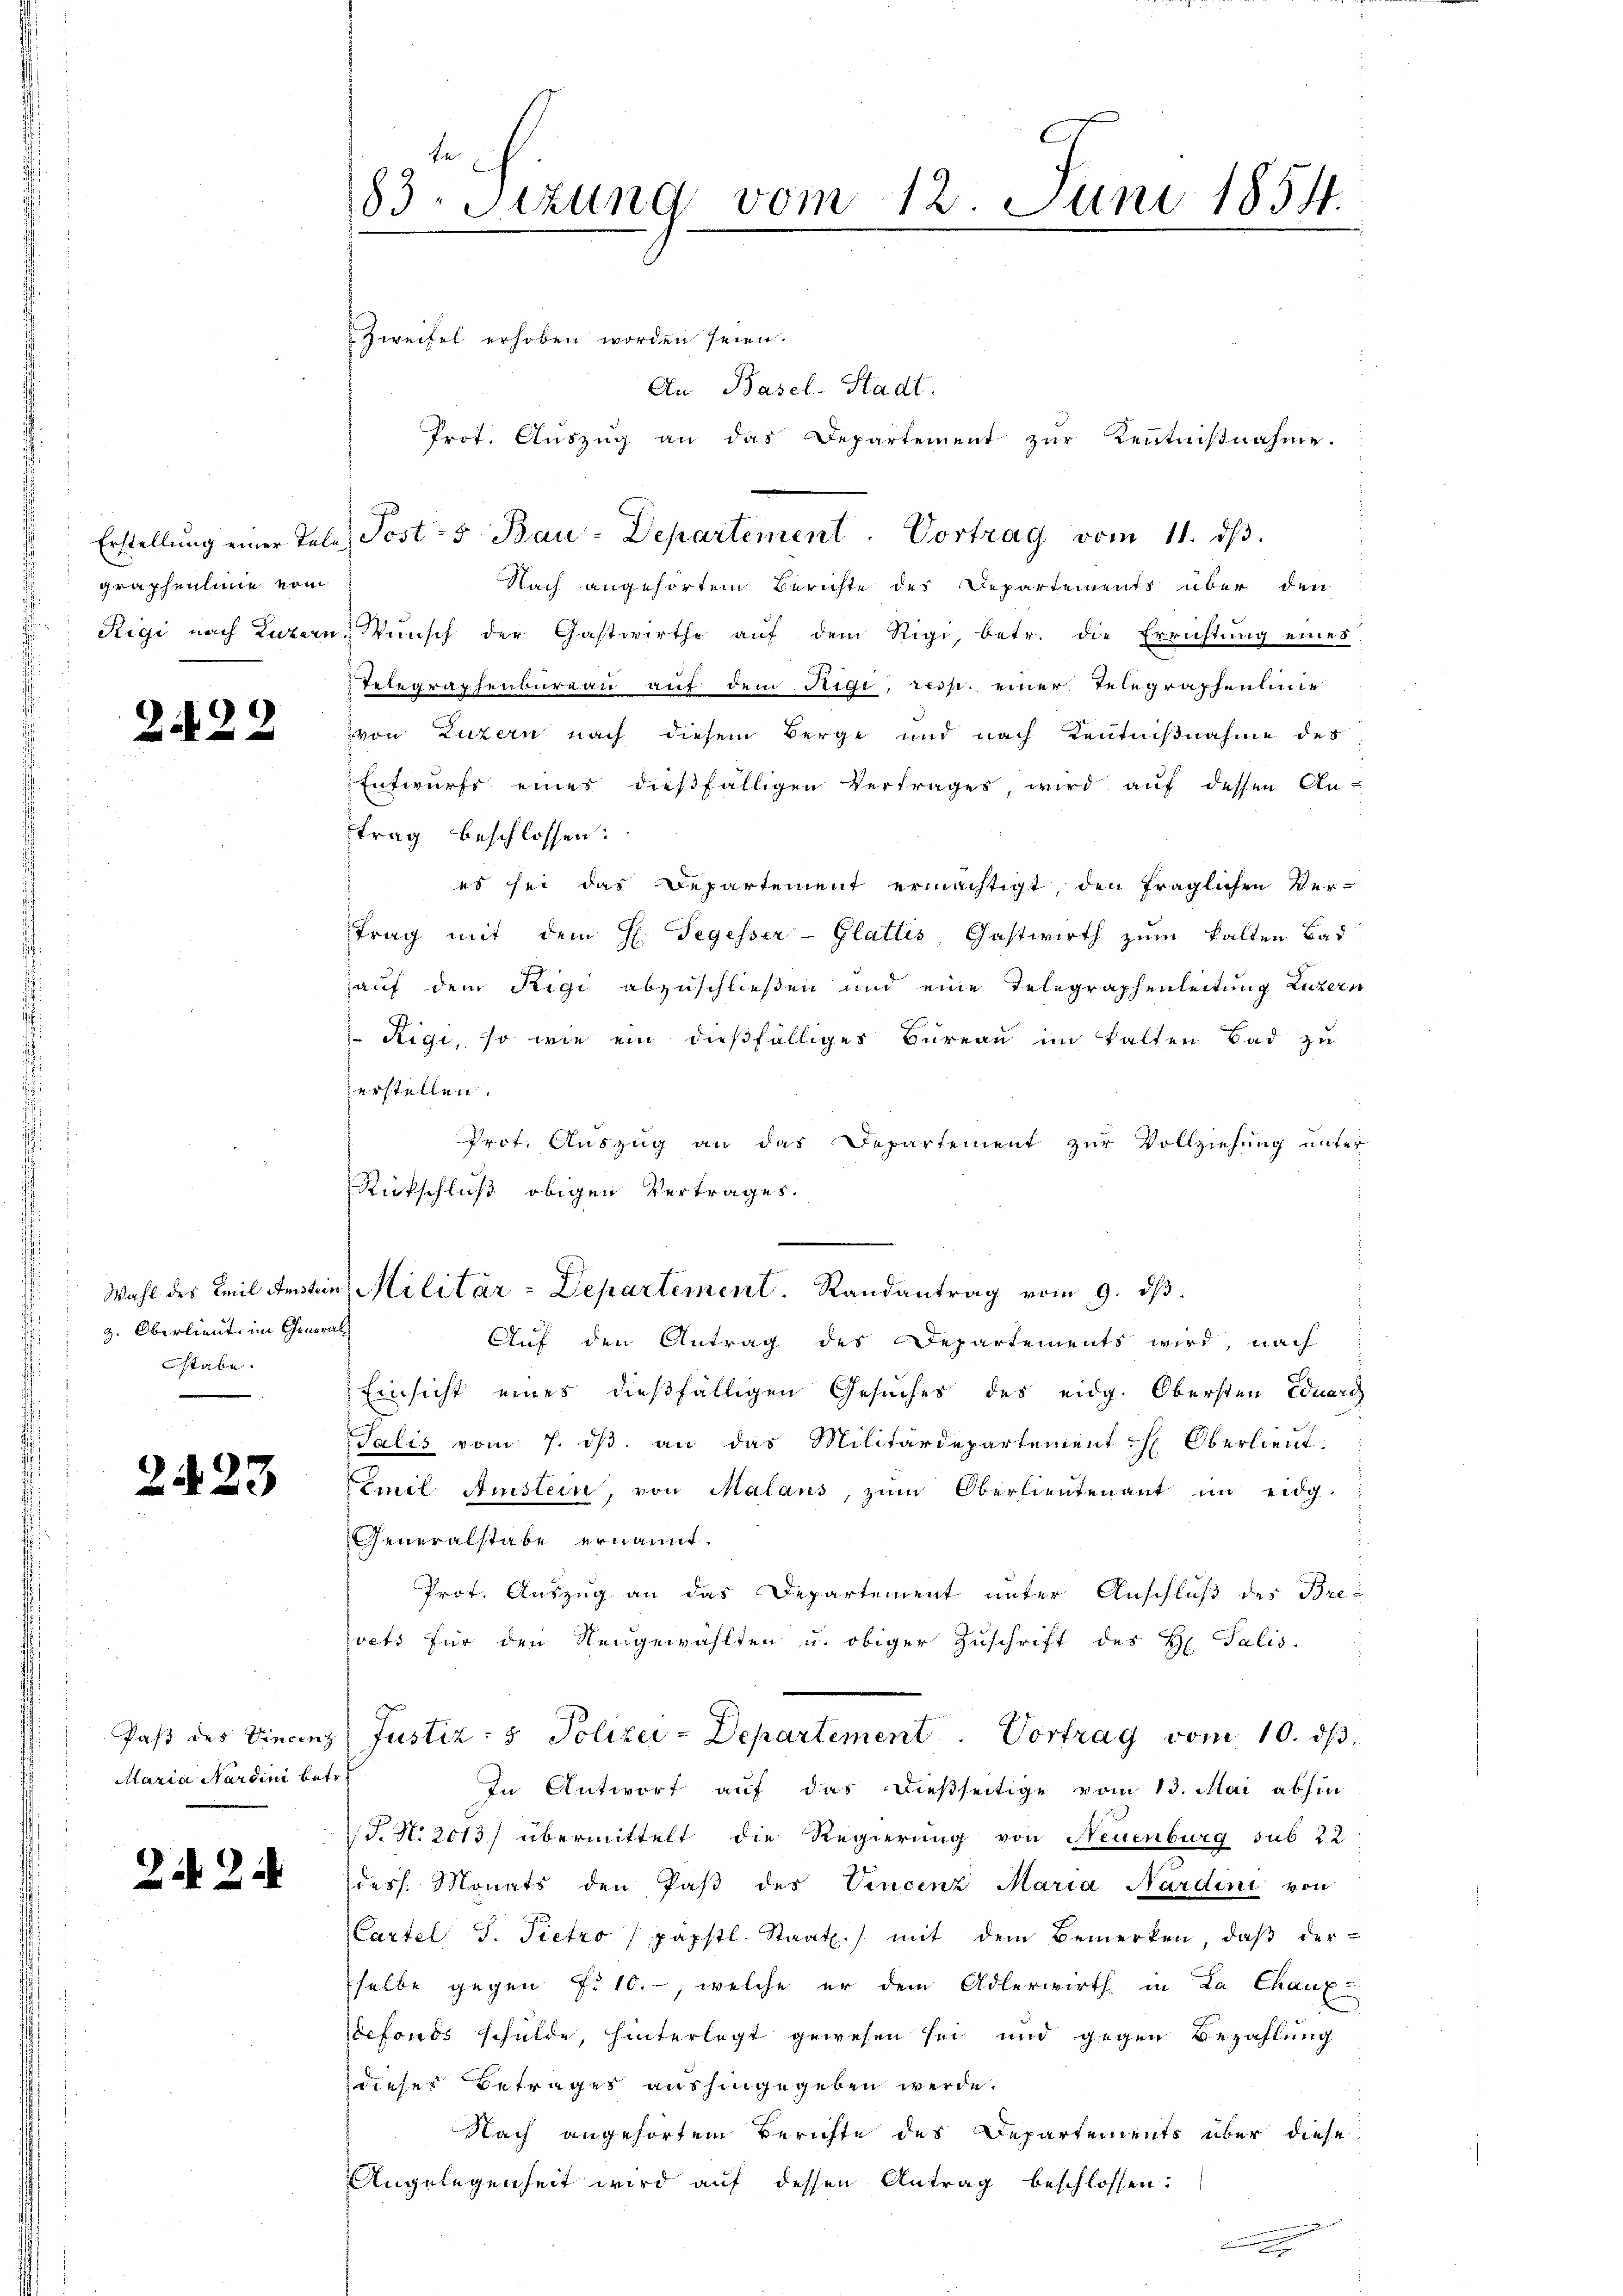
graphenlinie vom

2.122

z. Oberlieut. im Generalstabe.

2423

Maria Sardini betr.

Z 24

Zweifel erhoben worden seien.
An Basel-Stadt.
Prot. Auszug an das Departement zur Kenntnißnahme.
Nach angehörtem Berichte des Departements über den
Rigi nach Luzern, Wunsch der Gastwirthe auf dem Rigi, betr. die Errichtung eines
Telegraphenburgau auf dem Rigi, resp. einer Telegraphenlinie
von Luzern nach diesem Berge und nach Kentnißnahme des
Entwurfs eines dießfälligen Vertrages, wird aŭf dessen Antrag beschlossen:
es sei das Departement ermächtigt, den fraglichen Ver-
trag mit dem H. Segesser- Glattis Gastwirth zum kalten Bad
auf dem Rigi abzuschließen und eine Telegraphenleitung Luzern
Rigi, so wie ein dießfälliges Bureau im kalten Bad zu
erstellen.
Prof. Auszug an das Departement zur Vollziehung unter
Ritschluß obigen Vertrages.
.
Auf den Antrag des Departements wird, nach
Einsicht eines dießfälligen Gesuches des eidg. Obersten Eduard
Talis vom 7. dβ an das Militärdepartement Oberlieŭt.
Emil Amstein, von Malans, zum Oberlieutenant im eidg.
Generalstabe ernannt:
Prof. Auszug an das Departement unter Anschluß des Brevets für den Neugewählten u. obiger Zuschrift des H. Salis
Paβ des Vincenz Justiz- & Polizei-Departement. Vortrag vom 10. dβ.
In Antwort auf das dießseitige vom 13. Mai abhin
T. N. 2013/ übermittelt die Regierung von Neuenburg sub 22
dess. Monats den Paβ des Vincenz Maria Nardini von
Cartel S. Pietro päpstl. Staat.) mit dem Bemerken, daß der
selbe gegen f. 10.- welche er dem Adlerwirth in La Chaux-
defonds schulde, hinterlegt gewesen sei und gegen Bezahlung
dieser Betrages aushingegeben werde.
Nach angehörtem Berichte des Departements über diese
Angelegenheit wird auf dessen Antrag beschlossen:
.

83. Sizung vom 12. Juni 1854.

Wahl des Emil Anstein Militär-Departement. Randantrag vom 9. dβ.

Erstellŭng einer Tele Post- u Bau-Departement. Vortrag vom 11. dβ.